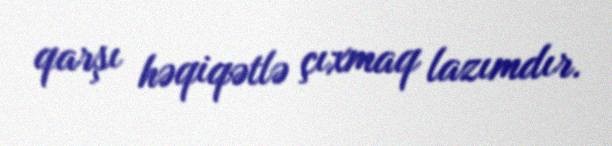
qarşı həqiqətlə çıxmaq lazımdır.